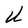
Character: U